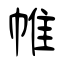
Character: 帷